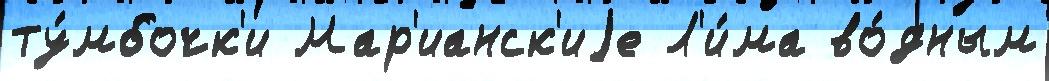
ту́мбочк'и Мар'ианск'иjе Л'и́ма во́дным